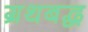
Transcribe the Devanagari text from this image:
ग्रथबद्ध